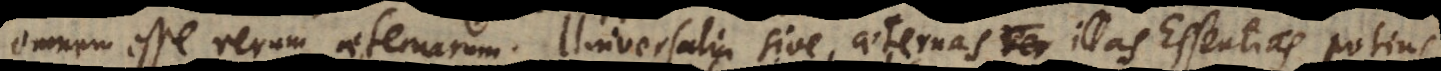
omnem esse rerum aeternarum. Universalia sive aeternas ver illas Essentias potius